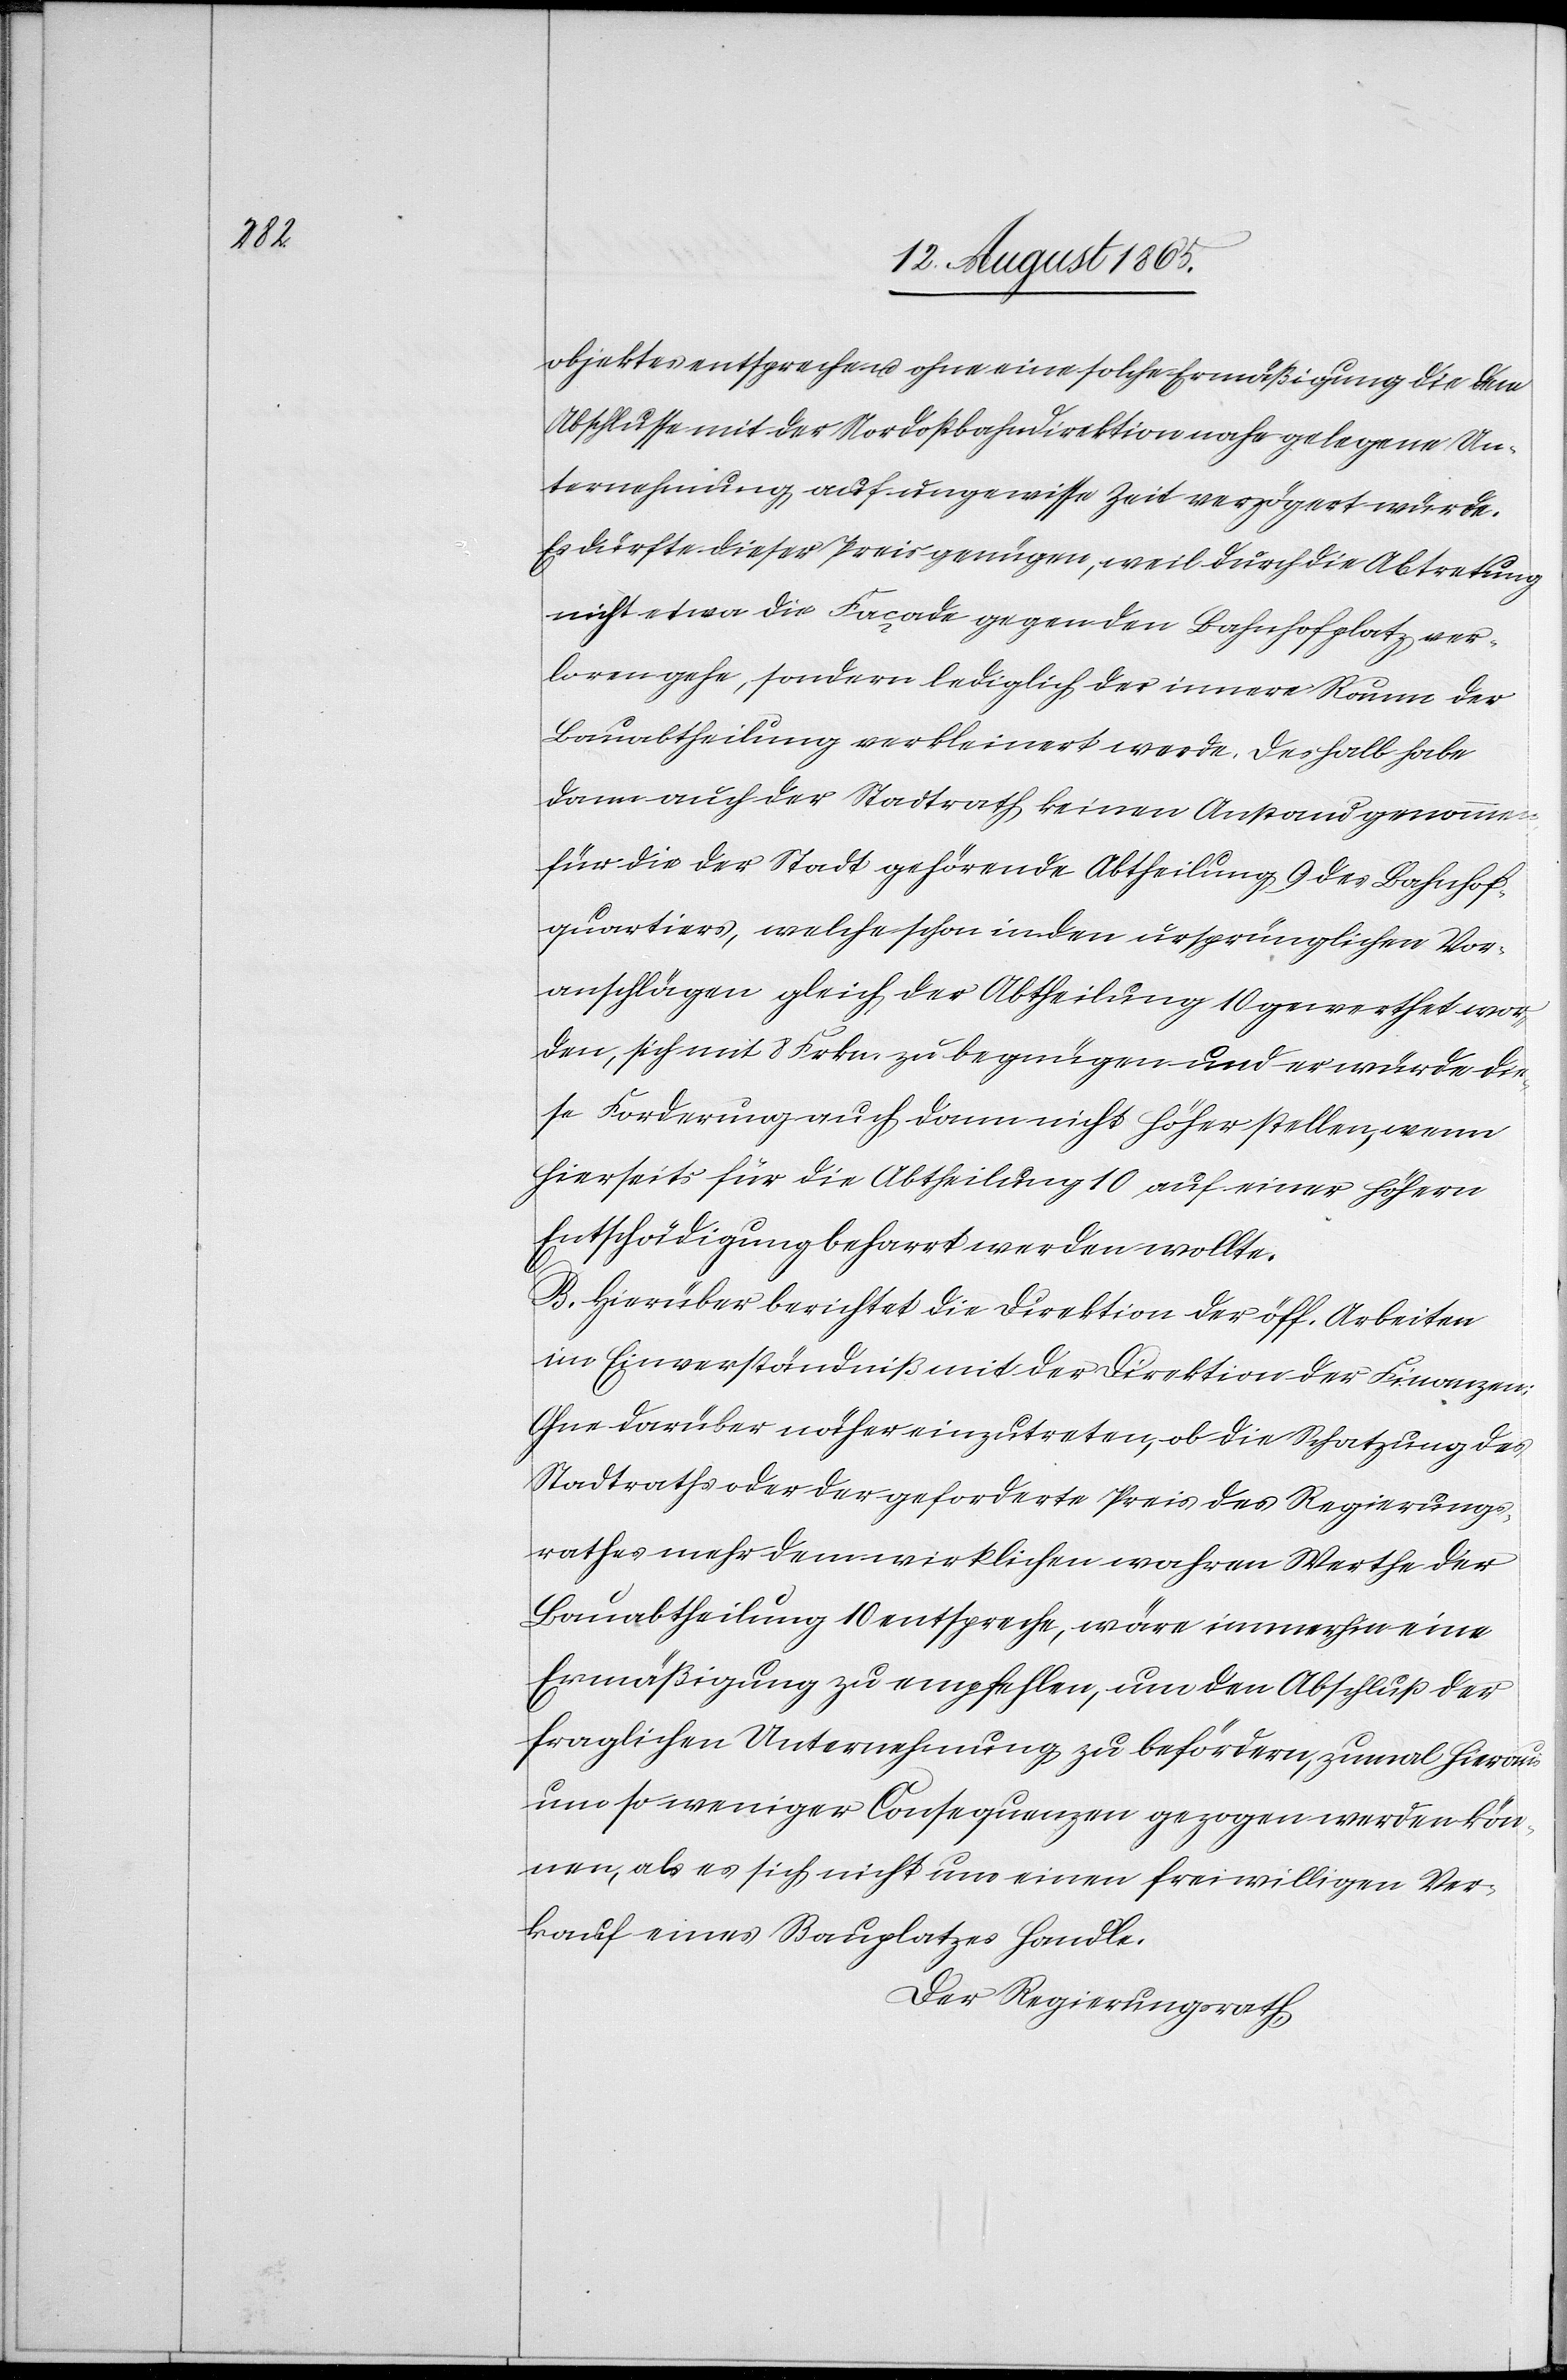
objektes entspreche u. ohne eine solche Ermäßigung die dem
Abschlusse mit der Nordostbahndirektion nahe gelegene Un¬
ternehmung auf ungewisse Zeit verzögert würde.
Es dürfte dieser Preis genügen, weil durch die Abtretung
nicht etwa die Façade gegen den Bahnhofplatz ver¬
loren gehe, sondern lediglich der innere Raum der
Bauabtheilung verkleinert werde. Deshalb habe
dann auch der Stadtrath keinen Anstand genommen
für die der Stadt gehörende Abtheilung 9 des Bahnhof¬
quartiers, welche schon in den ursprünglichen Vor¬
anschlägen gleich der Abtheilung 10 gewerthet wor¬
den, sich mit 8 Frkn. zu begnügen und er würde die¬
se Forderung auch dann nicht höher stellen, wenn
hierseits für die Abteilung 10 auf einer höhern
Entschädigung beharrt werden wollte.
B. Hierüber berichtet die Direktion der öff. Arbeiten
im Einverständniß mit der Direktion der Finanzen:
Ohne darüber näher einzutreten, ob die Schatzung des
Stadtraths oder der geforderte Preis des Regierungs¬
rathes mehr dem wirklichen wahren Werthe der
Bauabtheilung 10 entspreche, wäre immerhin eine
Ermäßigung zu empfehlen, um den Abschluß der
fraglichen Unternehmung zu befördern, zumal hieraus
um so weniger Consequenzen gezogen werden kön¬
nen, als es sich nicht um einen freiwilligen Ver¬
kauf eines Bauplatzes handle.
Der Regierungsrath